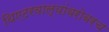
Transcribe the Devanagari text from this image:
थिएटरवाल्यांबरोबरच